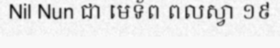
Nil Nun ជា មេទ័ព ពលស្វា ១៩